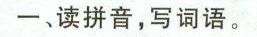
一、读拼音，写词语。